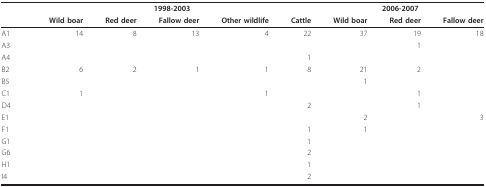
<table><thead><tr><td></td><td colspan="5"><b>1998-2003</b></td><td colspan="3"><b>2006-2007</b></td></tr><tr><td></td><td><b>Wild boar</b></td><td><b>Red deer</b></td><td><b>Fallow deer</b></td><td><b>Other wildlife</b></td><td><b>Cattle</b></td><td><b>Wild boar</b></td><td><b>Red deer</b></td><td><b>Fallow deer</b></td></tr></thead><tbody><tr><td>A1</td><td>14</td><td>8</td><td>13</td><td>4</td><td>22</td><td>37</td><td>19</td><td>18</td></tr><tr><td>A3</td><td></td><td></td><td></td><td></td><td></td><td></td><td>1</td><td></td></tr><tr><td>A4</td><td></td><td></td><td></td><td></td><td>1</td><td></td><td></td><td></td></tr><tr><td>B2</td><td>6</td><td>2</td><td>1</td><td>1</td><td>8</td><td>21</td><td>2</td><td></td></tr><tr><td>B5</td><td></td><td></td><td></td><td></td><td></td><td>1</td><td></td><td></td></tr><tr><td>C1</td><td>1</td><td></td><td></td><td>1</td><td></td><td></td><td>1</td><td></td></tr><tr><td>D4</td><td></td><td></td><td></td><td></td><td>2</td><td></td><td>1</td><td></td></tr><tr><td>E1</td><td></td><td></td><td></td><td></td><td></td><td>2</td><td></td><td>3</td></tr><tr><td>F1</td><td></td><td></td><td></td><td></td><td>1</td><td>1</td><td></td><td></td></tr><tr><td>G1</td><td></td><td></td><td></td><td></td><td>1</td><td></td><td></td><td></td></tr><tr><td>G6</td><td></td><td></td><td></td><td></td><td>2</td><td></td><td></td><td></td></tr><tr><td>H1</td><td></td><td></td><td></td><td></td><td>1</td><td></td><td></td><td></td></tr><tr><td>I4</td><td></td><td></td><td></td><td></td><td>2</td><td></td><td></td><td></td></tr></tbody></table>